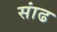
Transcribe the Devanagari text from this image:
सांढ